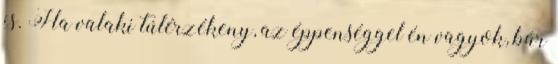
is. Ha valaki túlérzékeny, az éppenséggel én vagyok, bár